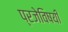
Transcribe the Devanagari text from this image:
प्रजेविषयीं